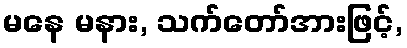
မနေ မနား, သက်တော်အားဖြင့်,